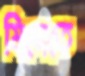
মিমেতে